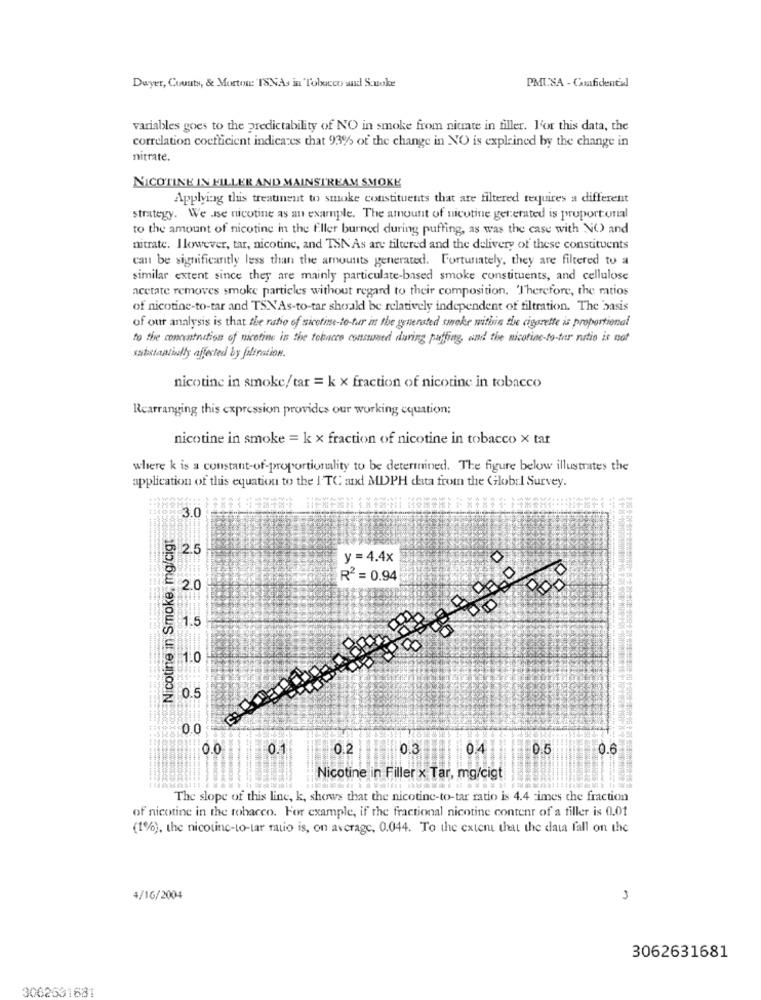
PMUSA - Confidential
Dwyer, County, & Mortos: 'ISNAs in Tobacco and Sonoke
variables goes to the predictability of NO in smoke from nitrate in filler. I'or this data, the
correlation coefficient indicates that 93% of the change in NO is explained by the change in
nitrate.
NICOTINE IN FILLER AND MAINSTREAM SMOKE
Applying this treatinent to smoke constituents that are filtered requires a different
strategy. We ise nicotine as an example. The amount of nicotine generated is proportional
to the amount of nicotine in the filler burned during puffing, as was the case with N() and
nitrate. Ilowever, tar, nicotine, and TSN'As are filtered and the delivery of these constituents
can be significantly less than the amounts generated. Fortunately, they are filtered to a
similar extent since they are mainly particulate-based smoke constituents, and cellulose
acetate removes smoke particles without regard to their composition. Therefore, the matios
of nicotine-to-tar and TSNAs-to-tar shorald be relatively independent of filtration. The 'basis
of our analysis is that the ratio of sicotine-to-tur in the generated smoke within the cigarette is proportional
to the concentration of nicotine in the tobacco consumned during paffing, and the nicotine-to-ter rutio is not
substantially affected by filtration.
nicotine in smoke/ tar = k x fraction of nicotine in tobacco
Rearranging this expression provides our working cquation:
nicotine in smoke = k x fraction of nicotine in tobacco X tat
where k is a constant-of-proportionality to be determined. The figure below illustrates the
application of this equation to the I'TC and MDPH data from the Global Survey.
3.0
Nicotine in Smoke, mg/cigt
y =4.4x
R2 = 0.94
20
1.5
1.0
0.5
0.0
0.0
0.1
0.2
04
0.5
0.6
Nicotine in Filler x Tar, mg/cigt
The slope of this line, k, shows that the nicotine-to-tar ratio is 4.4 -imes the fraction
of nicotine in the tobacco. For example, if the fractional nicotine content of a filler is 0.01
(1%), the nicotine-to-tar ratio is, on average, 0.044. To the extent that the data fall on the
4/16/2004
n
3062631681
3062531681